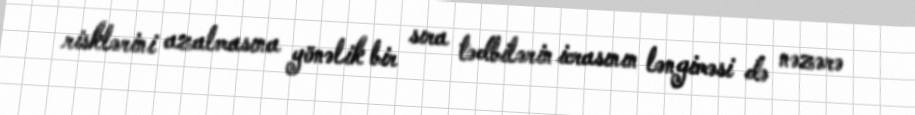
risklərini azalmasına yönəlik bir sıra tədbilərin icrasının ləngiməsi də nəzərə